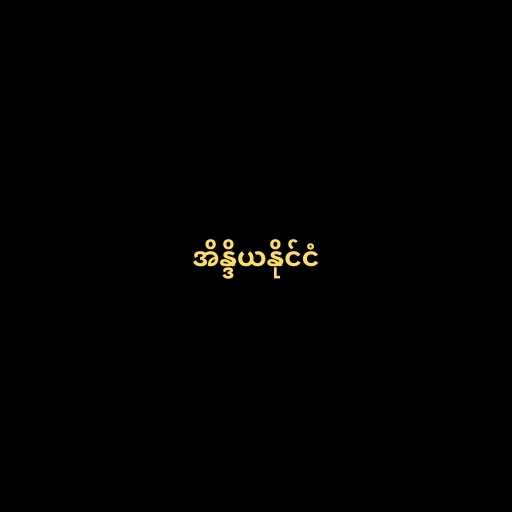
အိန္ဒိယနိုင်ငံ